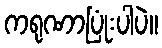
ကရုဏာပြုံးပါပဲ။